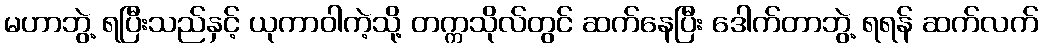
မဟာဘွဲ့ ရပြီးသည်နှင့် ယုကာဝါကဲ့သို့ တက္ကသိုလ်တွင် ဆက်နေပြီး ဒေါက်တာဘွဲ့ ရရန် ဆက်လက်